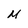
Character: M